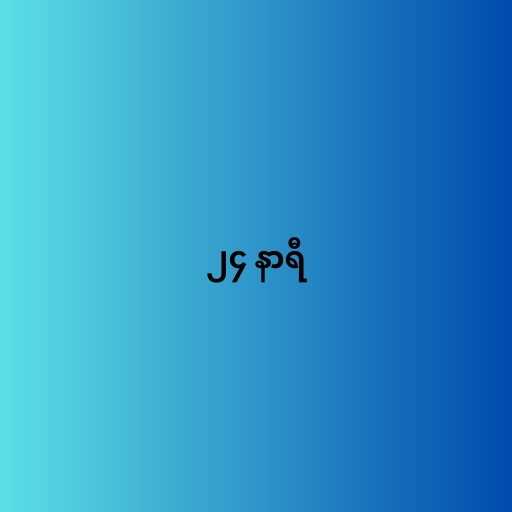
၂၄ နာရီ